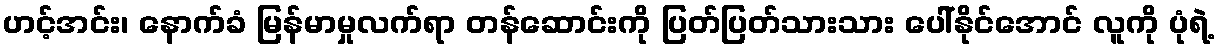
ဟင့်အင်း၊ နောက်ခံ မြန်မာမှုလက်ရာ တန်ဆောင်းကို ပြတ်ပြတ်သားသား ပေါ်နိုင်အောင် လူကို ပုံရဲ့